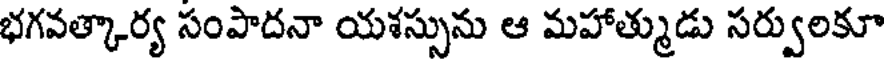
భగవత్కార్య సంపాదనా యశస్సును ఆ మహాత్ముడు సర్వులకూ